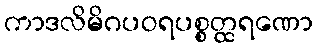
ကာဒလိမိဂပဝရပစ္စတ္ထရဏော